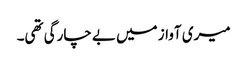
میری آواز میں بے چارگی تھی۔